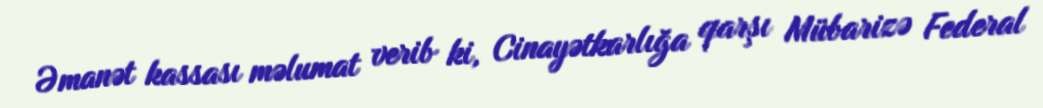
Əmanət kassası məlumat verib ki, Cinayətkarlığa qarşı Mübarizə Federal